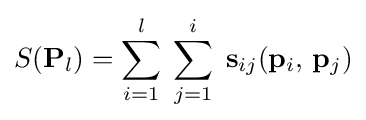
S(\mathbf {P} _{l})=\displaystyle \sum _{i=1}^{l}\;\displaystyle \sum _{j=1}^{i}\;\mathbf {s} _{ij}(\mathbf {p} _{i},\,\mathbf {p} _{j})